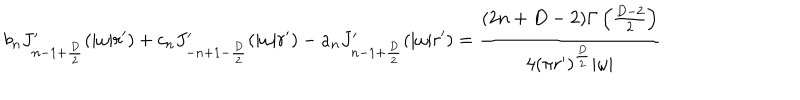
b _ { n } J _ { n - 1 + { \frac { D } { 2 } } } ^ { \prime } ( | \omega | r ^ { \prime } ) + c _ { n } J _ { - n + 1 - { \frac { D } { 2 } } } ^ { \prime } ( | \omega | r ^ { \prime } ) - a _ { n } J _ { n - 1 + { \frac { D } { 2 } } } ^ { \prime } ( | \omega | r ^ { \prime } ) = { \frac { ( 2 n + D - 2 ) \Gamma \left( { \frac { D - 2 } { 2 } } \right) } { 4 ( \pi r ^ { \prime } ) ^ { \frac { D } { 2 } } | \omega | } }